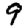
Digit: 9